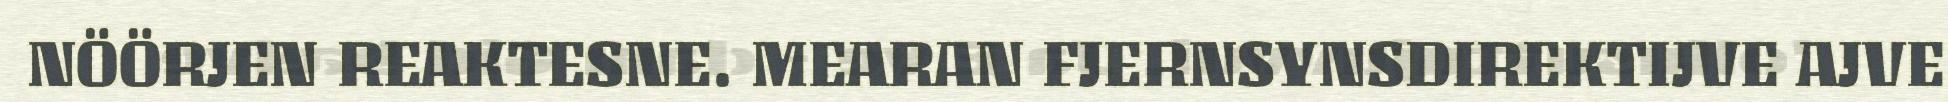
NÖÖRJEN REAKTESNE. MEARAN FJERNSYNSDIREKTIJVE AJVE